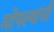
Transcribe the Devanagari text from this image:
मोपल्यांनी